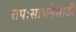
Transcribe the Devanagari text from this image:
तपःसाधनेसाठी